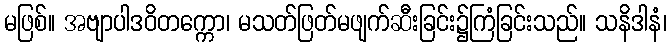
မဖြစ်။ အဗျာပါဒဝိတက္ကော၊ မသတ်ဖြတ်မဖျက်ဆီးခြင်း၌ကြံခြင်းသည်။ သနိဒါနံ၊